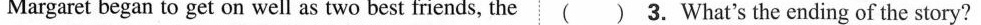
Margaret began to get on well as two best friends, the ( )3.What's the ending of the story?